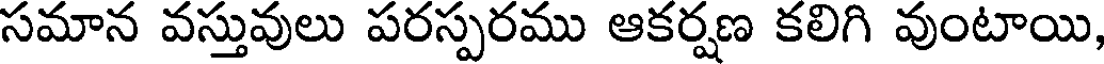
సమాన వస్తువులు పరస్పరము ఆకర్షణ కలిగి వుంటాయి,